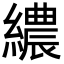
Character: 繷